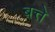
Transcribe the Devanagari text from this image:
बत्ते